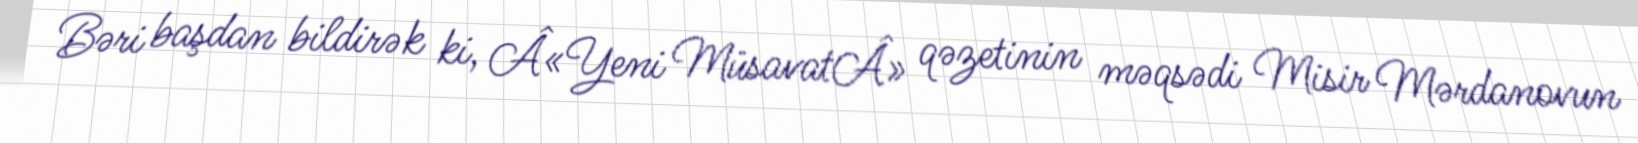
Bəri başdan bildirək ki, Â«Yeni MüsavatÂ» qəzetinin məqsədi Misir Mərdanovun